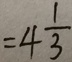
= 4 \frac { 1 } { 3 }